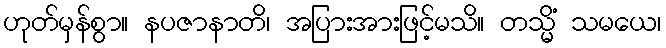
ဟုတ်မှန်စွာ။ နပဇာနာတိ၊ အပြားအားဖြင့်မသိ။ တသ္မိံ သမယေ၊